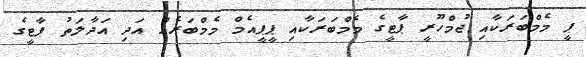
ޕީ މެމްބަރަކާއި ޖުމްހޫރީ ޕާޓީގެ މެމްބަރަކާއި ޕީޕީއެމް މެމްބަރެއް އަދި އަދާލަތު ޕާޓީގެ